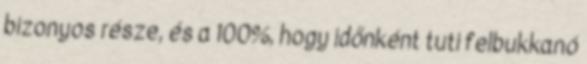
bizonyos része, és a 100%, hogy időnként tuti felbukkanó